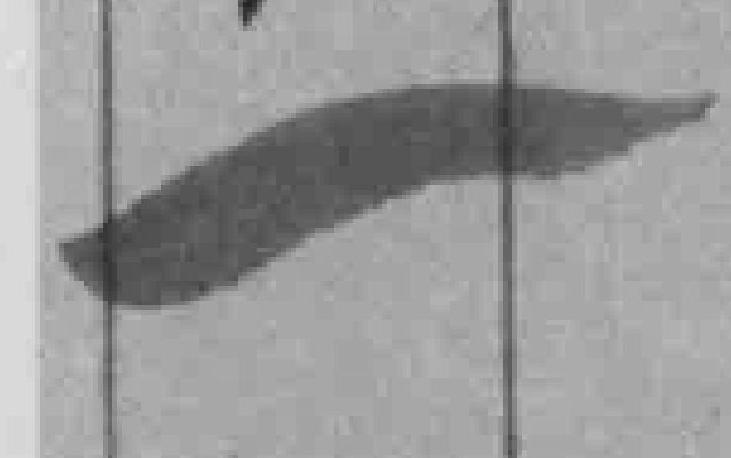
一